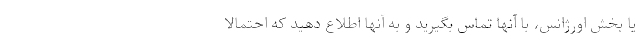
یا بخش اورژانس، با آنها تماس بگیرید و به آنها اطلاع دهید که احتمالاً